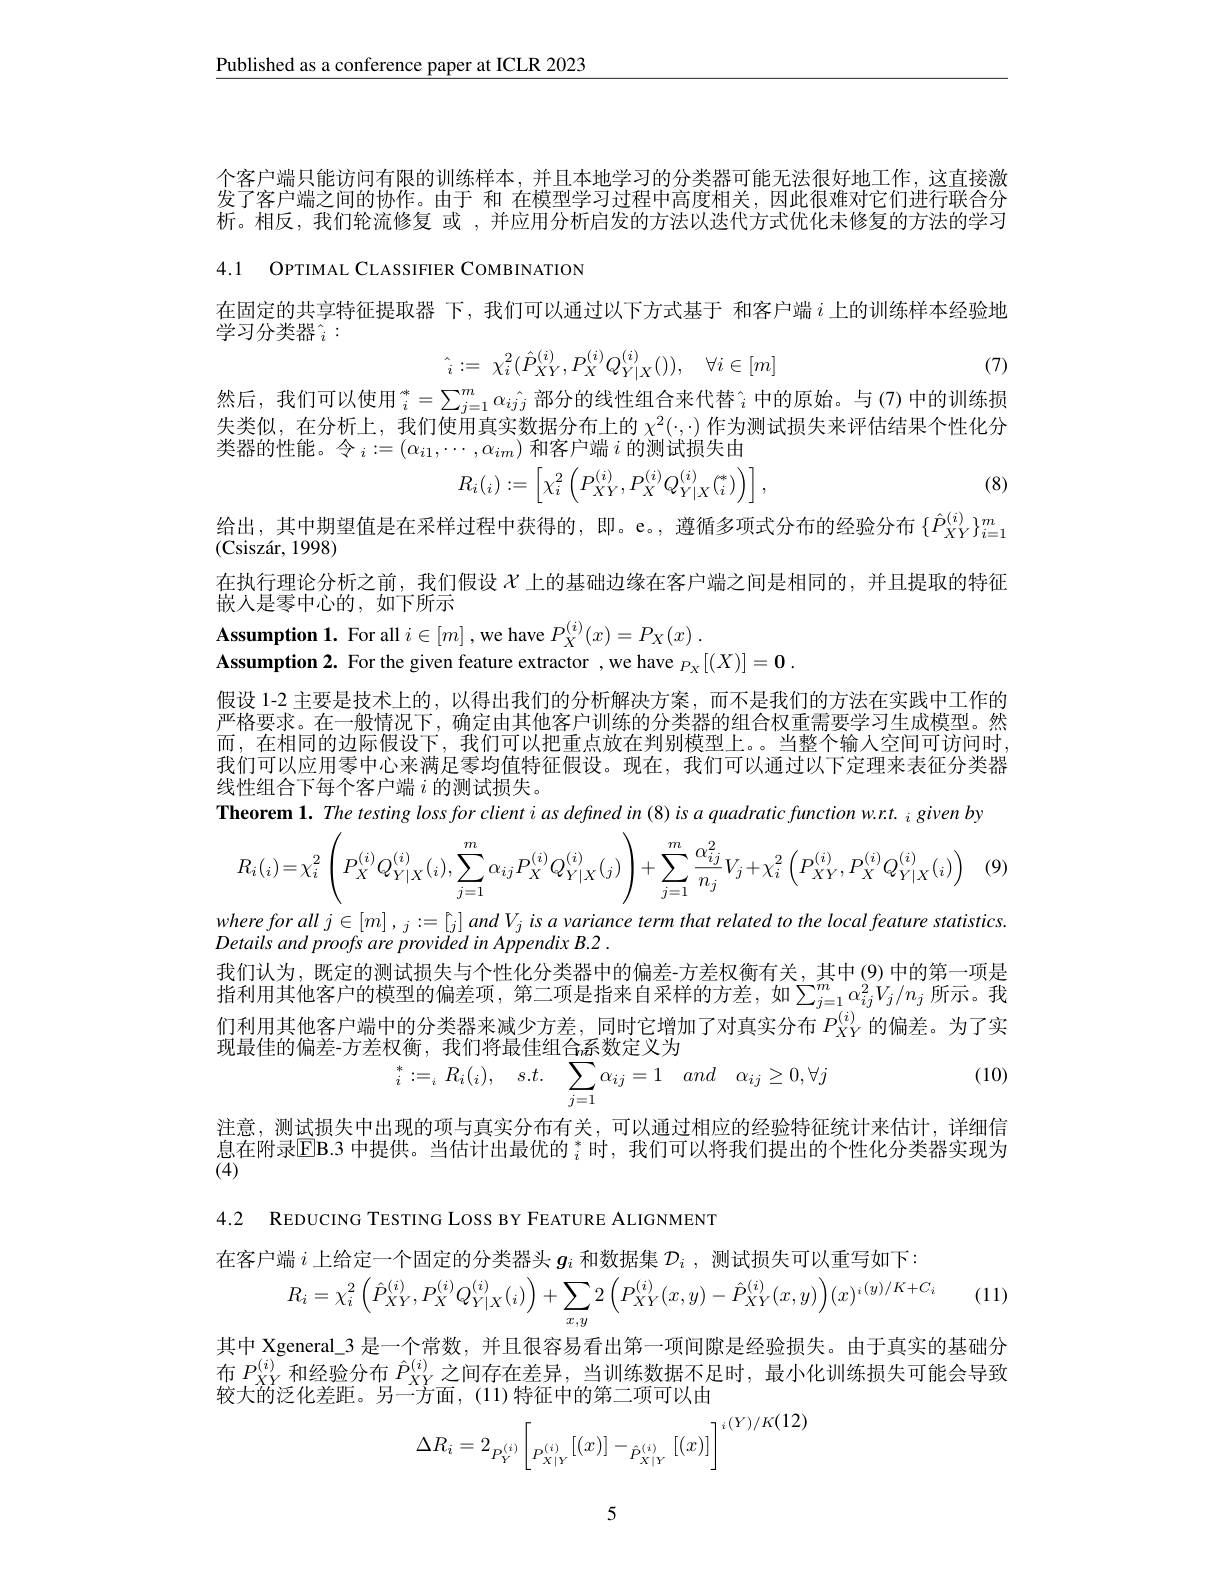
$\underline{\text{Published as a conference paper at ICLR 2023}}$

个客户端只能访问有限的训练样本，并且本地学习的分类器可能无法很好地工作，这直接激发了客户端之间的协作。由于 和 在模型学习过程中高度相关，因此很难对它们进行联合分析。相反，我们轮流修复 或 ,并应用分析启发的方法以迭代方式优化未修复的方法的学习

4.1 OPTIMAL CLASSIFIER COMBINATION

在固定的共享特征提取器 下，我们可以通过以下方式基于 和客户端$i$上的训练样本经验地
学习分类器$^{^{\circ}}_{i}:$
$$\hat{_i}:=\:\chi_i^2(\hat{P}_{XY}^{(i)},P_X^{(i)}Q_{Y|X}^{(i)}()),\quad\forall i\in[m]$$
(7)

然后，我们可以使用$_i^*=\sum_{j=1}^m\alpha_{i\hat{j}j}$部分的线性组合来代替[INDEX]中的原始。与(7)中的训练损失类似，在分析上，我们使用真实数据分布上的$\chi^2(\cdot,\cdot)$作为测试损失来评估结果个性化分类器的性能。令$_i:=(\alpha_{i1},\cdots,\alpha_{im})$和客户端$i$的测试损失由
$$R_i(_i):=\left[\chi_i^2\left(P_{XY}^{(i)},P_X^{(i)}Q_{Y|X}^{(i)}\binom{*}{i}\right)\right],$$
(8)

给出，其中期望值是在采样过程中获得的，即。e。,遵循多项式分布的经验分布$\{\hat{P}_{XY}^{(i)}\}_{i=1}^m$
(Csisz$\' {a}$r, 1998)
在执行理论分析之前，我们假设$\chi$上的基础边缘在客户端之间是相同的，并且提取的特征
嵌人是零中心的，如下所示
Assumption 1. For all $i\in[m]$ ,we have $P_X^{( i) }( x) = P_X( x)$ .

Assumption 2. For the given feature extractor ,we have $_P_X[(X)]=\mathbf{0}.$

假设 1-2 主要是技术上的，以得出我们的分析解决方案，而不是我们的方法在实践中工作的严格要求。在一般情况下，确定由其他客户训练的分类器的组合权重需要学习生成模型。然而，在相同的边际假设下，我们可以把重点放在判别模型上。。当整个输入空间可访问时我们可以应用零中心来满足零均值特征假设。现在，我们可以通过以下定理来表征分类器线性组合下每个客户端$i$的测试损失。
Theorem 1. The testing loss for client i as defined in (8) is a quadratic function w.r.t. i given by
$$R_{i}(i)=\chi_{i}^{2}\left(P_{X}^{(i)}Q_{Y|X}^{(i)}(i),\sum_{j=1}^{m}\alpha_{ij}P_{X}^{(i)}Q_{Y|X}^{(i)}(j)\right)+\sum_{j=1}^{m}\frac{\alpha_{ij}^{2}}{n_{j}}V_{j}+\chi_{i}^{2}\left(P_{XY}^{(i)},P_{X}^{(i)}Q_{Y|X}^{(i)}(i)\right)$$
$whereforallj\in[m],j:=[j]andV_{j}isavariancetermthatrelatedtothelocalfeaturestatistics.$

Details and proofs are provided in Appendix B.2 .
我们认为，既定的测试损失与个性化分类器中的偏差-方差权衡有关，其中(9)中的第一项是指利用其他客户的模型的偏差项，第二项是指来自采样的方差，如$\sum_{j=1}^m\alpha_{ij}^2V_j/n_j$ 所示。我们利用其他客户端中的分类器来减少方差，同时它增加了对真实分布$P_{XY}^{(i)}$的偏差。为了实现最佳的偏差-方差权衡，我们将最佳组合系数定义为
$$\begin{array}{l}{\text{文例,我们付取任组日}_{i}\text{於双心人为}}\\{{}_{i}^{*}:=_{i}R_{i}(_{i}),\quad s.t.\quad\sum_{j=1}\alpha_{ij}=1\quad and\quad\alpha_{ij}\geq0,\forall j}\end{array}$$
(10)

注意，测试损失中出现的项与真实分布有关，可以通过相应的经验特征统计来估计，详细信息在附录$\overline{\mathrm{EB}}.3$ 中提供。当估计出最优的$_i^*$时，我们可以将我们提出的个性化分类器实现为$({\overline{4}})$

4.2 REDUCING TESTING LOSS BY FEATURE ALIGNMENT

在客户端$i$上给定一个固定的分类器头$g_i$和数据集$\mathcal{D} _i$ , 测试损失可以重写如下：
$$R_{i}=\chi_{i}^{2}\left(\hat{P}_{XY}^{(i)},P_{X}^{(i)}Q_{Y|X}^{(i)}(i)\right)+\sum_{x,y}2\left(P_{XY}^{(i)}(x,y)-\hat{P}_{XY}^{(i)}(x,y)\right)(x)^{i}(y)/K+C_{i}$$
(11)

其中 Xgeneral\_3 是一个常数，并且很容易看出第一项间隙是经验损失。由于真实的基础分布$P_{XY}^{(i)}$和经验分布$\hat{P}_{XY}^{(i)}$之间存在差异，当训练数据不足时，最小化训练损失可能会导致较大的泛化差距。另一方面，(11)特征中的第二项可以由
$$\Delta R_i=2_{P_Y^{(i)}}\bigg[_{P_{X|Y}^{(i)}}[(x)]-_{\hat{P}_{X|Y}^{(i)}}[(x)]\bigg]^i(Y)/K(12)$$
5